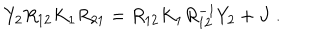
Y _ { 2 } R _ { 1 2 } K _ { 1 } R _ { 2 1 } = R _ { 1 2 } K _ { 1 } R _ { 1 2 } ^ { - 1 } Y _ { 2 } + J \; .